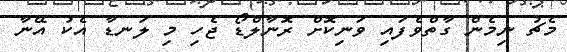
މެޗު ނިމެން ގާތްވެފައި ވަނިކޮށް ރޮނާލްޑޯ ޖެހި މި ލަނޑާ އެކު އޭނާ